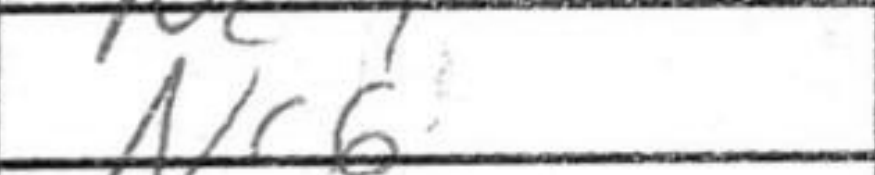
Transcription: Nc6